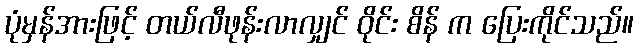
ပုံမှန်အားဖြင့် တယ်လီဖုန်းလာလျှင် ဝိုင်း စိန် က ပြေးကိုင်သည်။